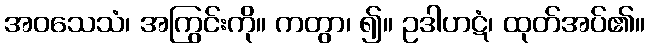
အဝသေသံ၊ အကြွင်းကို။ ကတွာ၊ ၍။ ဥဒါဟဋံ၊ ထုတ်အပ်၏။